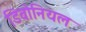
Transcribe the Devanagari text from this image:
डिवोनियल